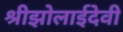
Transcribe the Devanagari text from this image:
श्रीझोलाईदेवी